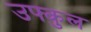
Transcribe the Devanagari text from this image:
उफ्कुल